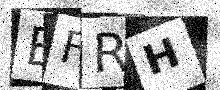
Text: BFRH